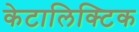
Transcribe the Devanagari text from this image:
केटालिक्टिक